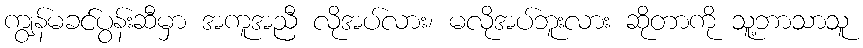
ကျွန်မခင်ပွန်းဆီမှာ အကူအညီ လိုအပ်လား၊ မလိုအပ်ဘူးလား ဆိုတာကို သူ့ဘာသာသူ